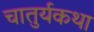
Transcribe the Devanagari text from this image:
चातुर्यकथा